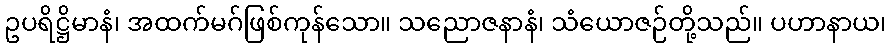
ဥပရိဋ္ဌိမာနံ၊ အထက်မဂ်ဖြစ်ကုန်သော။ သညောဇနာနံ၊ သံယောဇဉ်တို့သည်။ ပဟာနာယ၊